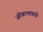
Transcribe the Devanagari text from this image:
जीवाभावाचे